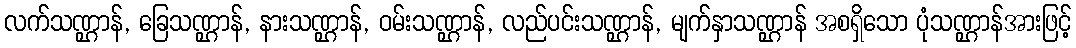
လက်သဏ္ဌာန်, ခြေသဏ္ဌာန်, နားသဏ္ဌာန်, ဝမ်းသဏ္ဌာန်, လည်ပင်းသဏ္ဌာန်, မျက်နှာသဏ္ဌာန် အစရှိသော ပုံသဏ္ဌာန်အားဖြင့်